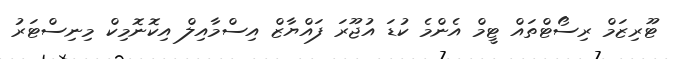
ޓޫރިޒަމް ރިސޯޓްތައް ޓީމް އެންމެ ކުޑަ އުޖޫރަ ފައްޔާޒް އިސްމާއިލް އިކޮނޮމިކް މިނިސްޓަރު